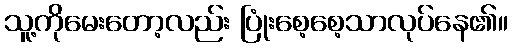
သူ့ကိုမေးတော့လည်း ပြုံးစေ့စေ့သာလုပ်နေ၏။